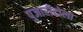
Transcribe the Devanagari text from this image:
पुजारीटोला